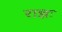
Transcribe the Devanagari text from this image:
राज्ञः